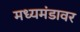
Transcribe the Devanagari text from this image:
मध्यमंडावर